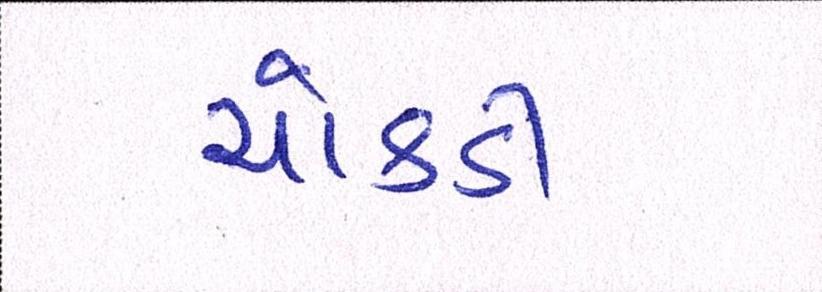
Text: ચોકડી